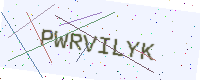
Text: PWRVILYK